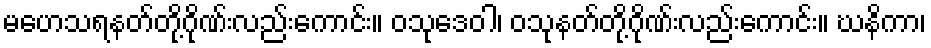
မဟေသရနတ်တို့ဂိုဏ်းလည်းကောင်း။ ဝသုဒေဝါ၊ ဝသုနတ်တို့ဂိုဏ်းလည်းကောင်း။ ဃနိကာ၊